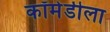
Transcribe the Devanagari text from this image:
कॉमेडीला